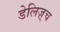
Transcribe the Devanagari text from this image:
डेलिज़्च